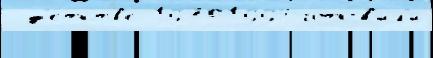
 д'е́тств'е 19701994 гото́в'ил'и